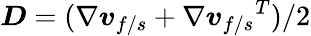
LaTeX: \boldsymbol{D}=(\nabla\boldsymbol{v}_{f/s}+{\nabla\boldsymbol{v}_{f/s}}^{T})/2